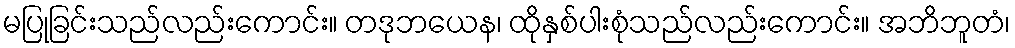
မပြုခြင်းသည်လည်းကောင်း။ တဒုဘယေန၊ ထိုနှစ်ပါးစုံသည်လည်းကောင်း။ အဘိဘူတံ၊